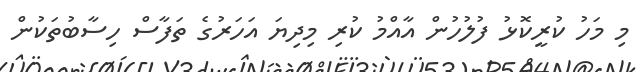
މި މަހު ކުރީކޮޅު ފުލުހުން އާއްމު ކުރި މިދިޔަ އަހަރުގެ ތަފާސް ހިސާބުތަކުން